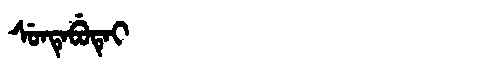
Manchu: ᠰᡠᠨᡨᡝᠪᡠᡨᡝᡳ
Romanization: SUNTEBUTEI